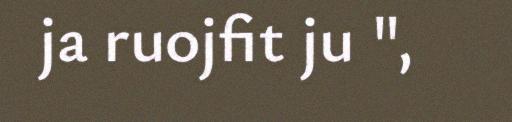
ja ruojfit ju ",